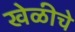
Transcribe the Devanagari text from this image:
खेळीचे